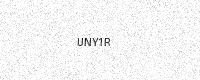
Text: UNY1R